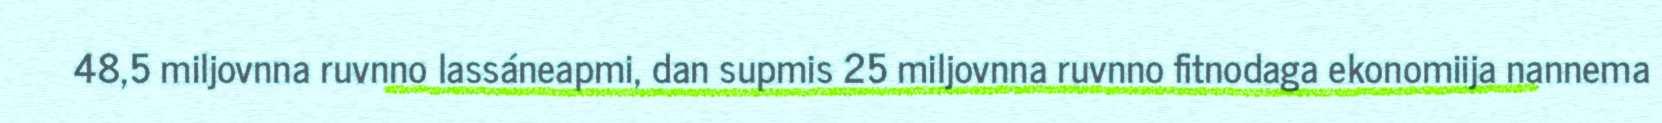
48,5 miljovnna ruvnno lassáneapmi, dan supmis 25 miljovnna ruvnno fitnodaga ekonomiija nannema